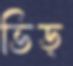
ভিড়